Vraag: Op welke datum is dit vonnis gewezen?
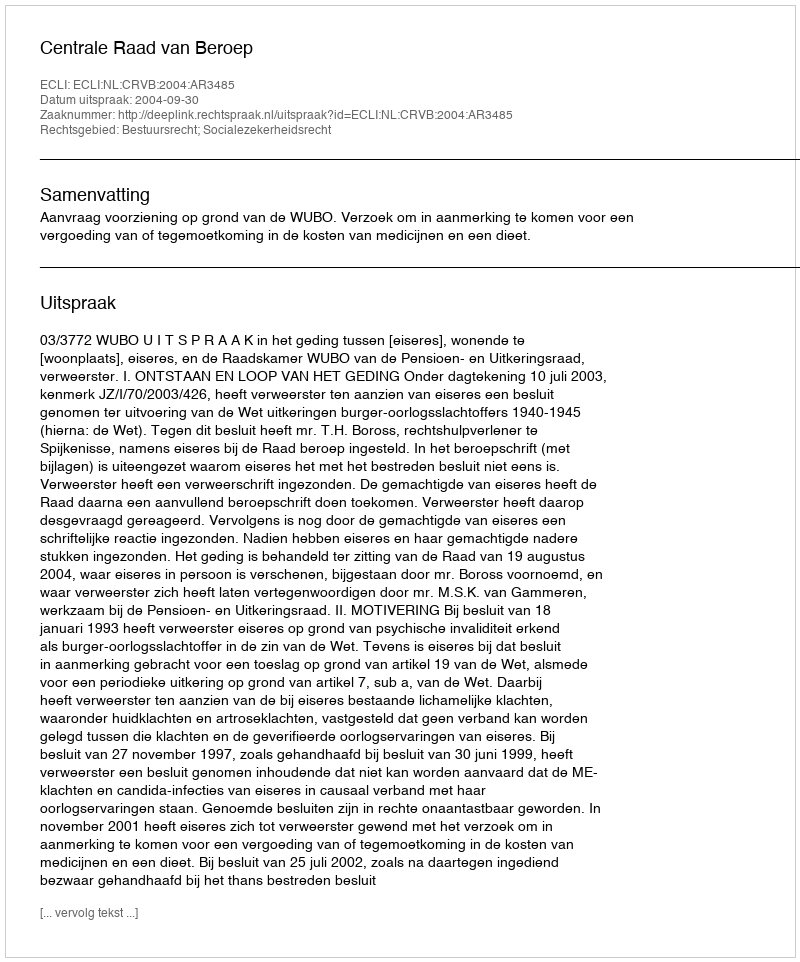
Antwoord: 2004-09-30